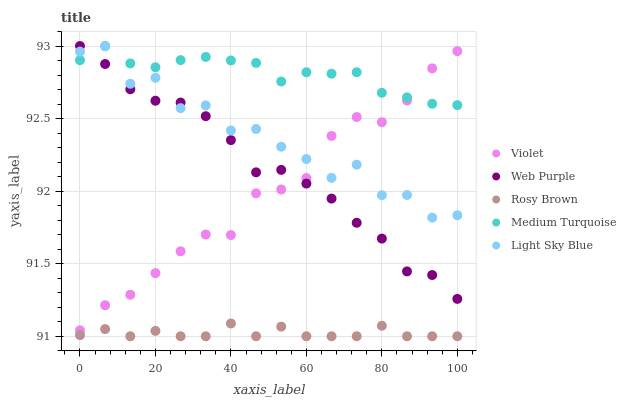
| xaxis_label | Violet | Web Purple | Rosy Brown | Medium Turquoise | Light Sky Blue |
 | --- | --- | --- | --- | --- | --- |
 | 0 | 91 | 93 | 91 | 92.9 | 93 |
 | 6.67 | 91.2 | 92.9 | 91 | 93 | 93 |
 | 13.3 | 91.3 | 92.7 | 91 | 92.9 | 92.7 |
 | 20 | 91.4 | 92.6 | 91 | 92.9 | 92.8 |
 | 26.7 | 91.6 | 92.6 | 91 | 92.9 | 92.6 |
 | 33.3 | 91.7 | 92.5 | 91 | 92.9 | 92.6 |
 | 40 | 91.7 | 92.4 | 91.1 | 92.9 | 92.4 |
 | 46.7 | 92 | 92.1 | 91 | 92.9 | 92.4 |
 | 53.3 | 92 | 92.1 | 91.1 | 92.8 | 92.3 |
 | 60 | 92.1 | 92.1 | 91 | 92.8 | 92.2 |
 | 66.7 | 92.4 | 91.9 | 91 | 92.8 | 92.1 |
 | 73.3 | 92.5 | 91.8 | 91 | 92.8 | 92.2 |
 | 80 | 92.5 | 91.7 | 91.1 | 92.7 | 92 |
 | 86.7 | 92.6 | 91.4 | 91 | 92.6 | 92 |
 | 93.3 | 92.8 | 91.4 | 91 | 92.6 | 91.8 |
 | 100 | 93 | 91.3 | 91 | 92.6 | 91.8 |